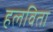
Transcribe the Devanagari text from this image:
हलविता